Scottish Leaving Certificate Examination, 1955
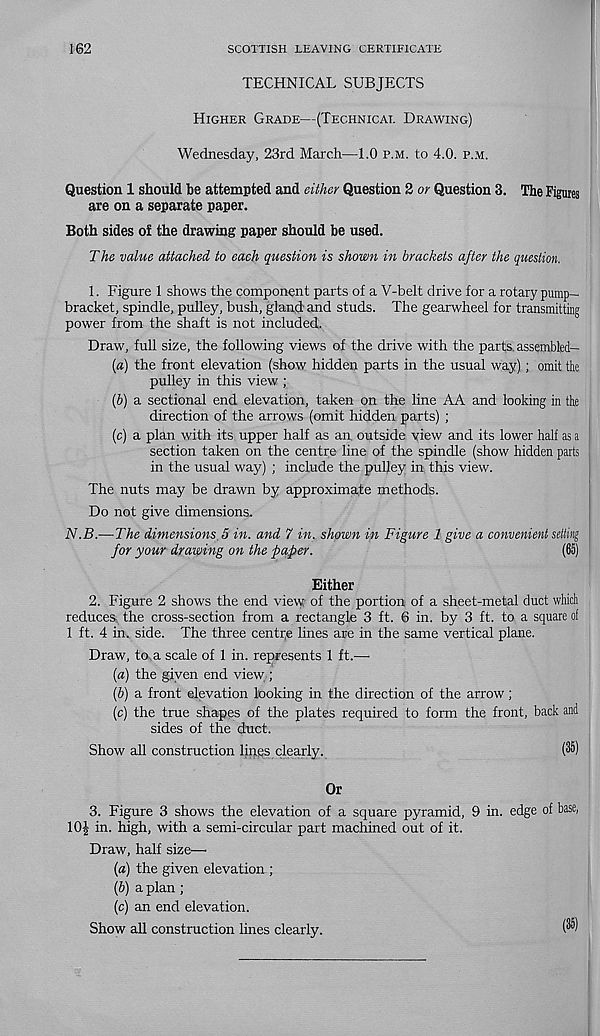
162
SCOTTISH LEAVING CERTIFICATE
TECHNICAL SUBJECTS
Higher Grade—(Technical Drawing)
Wednesday, 23rd March—1.0 p.m. to 4.0. p.m.
Question 1 should be attempted and either Question 2 or Question 3. The Figures
are on a separate paper.
Both sides of the drawing paper should be used.
The value attached to each question is shown in brackets after the question.
1. Figure 1 shows the component parts of a V-belt drive for a rotary pump-
bracket, spindle, pulley, bush, gland and studs. The gearwheel for transmitting
power from the shaft is not included.
Draw, full size, the following views of the drive with the parts, assembled—
[a) the front elevation (show hidden parts in the usual way); omit the
pulley in this view ;
{b) a sectional end elevation, taken on the line AA and looking in the
direction of the arrows (omit hidden parts) ;
(c) a plan with its upper half as an, outside view and its lower half as a
section taken on the centre line of the spindle (show hidden parts
in the usual way) ; include the pulley in this view.
The nuts may be drawn by approximate methods.
Do not give dimensions.
N.B.—The dimensions 5 in. and 7 in. shown in Figure 1 give a convenient setting
for your drawing on the paper.
(65)
Either
2. Figure 2 shows the end view of the portion of a sheet-metal duct which
reduces, the cross-section from a rectangle 3 ft. 6 in. by 3 ft. to a square of
1 ft. 4 in. side. The three centr.e lines are in the same vertical plane.
Draw, to„a scale of 1 in. represents 1 ft.—•
(a) the given end view ;
(6) a front elevation looking in the direction of the arrow;
(c) the true shapes of the plates required to form the front, back and
sides of the duct.
Show all construction lines clearly.
(36)
Or
3. Figure 3 shows the elevation of a square pyramid, 9 in. edge of base,
10! i n - high, with a semi-circular part machined out of it.
Draw, half size—
{a) the given elevation ;
(b) a plan ;
(c) an end elevation.
Show all construction lines clearly.